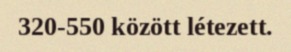
320-550 között létezett.